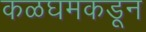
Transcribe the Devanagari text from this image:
कळघमकडून